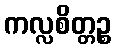
ကလ္လစိတ္တဉ္စ